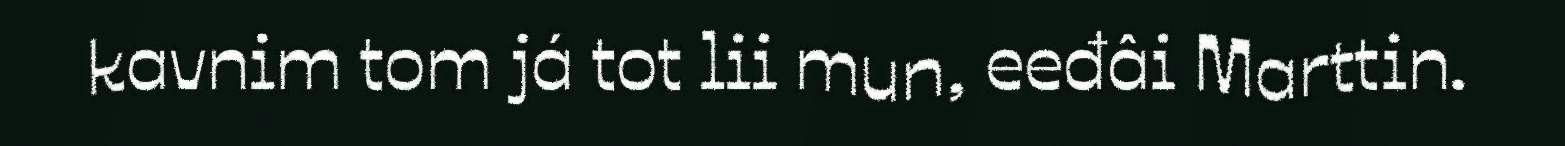
kavnim tom já tot lii mun, eeđâi Marttin.